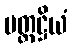
မတ္တဋ္ဌိယံ